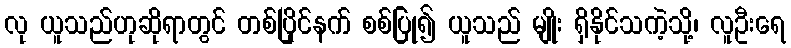
လု ယူသည်ဟုဆိုရာတွင် တစ်ပြိုင်နက် စစ်ပြု၍ ယူသည် မျိုး ရှိနိုင်သကဲ့သို့၊ လူဦးရေ